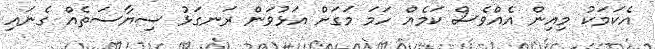
އެކަމަކު މިއިން އެއްވެސް ކަމެއް ހަމަ މަގަށް އަޅުވަން ރަނގަޅު ސިޔާސަތެއް ގެނައި